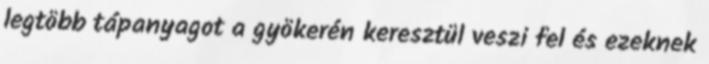
legtöbb tápanyagot a gyökerén keresztül veszi fel és ezeknek